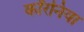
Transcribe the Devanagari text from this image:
कॉरनिया